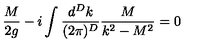
\frac { M } { 2 g } - i \int \frac { d ^ { D } k } { ( 2 \pi ) ^ { D } } \frac { M } { k ^ { 2 } - M ^ { 2 } } = 0